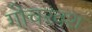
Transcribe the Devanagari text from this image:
गोचरवश